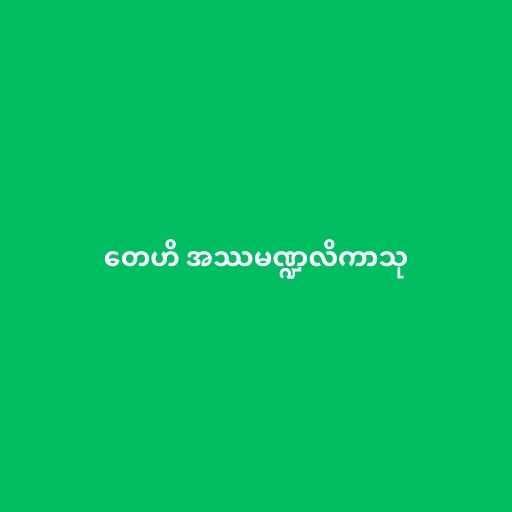
တေဟိ အဿမဏ္ဍလိကာသု